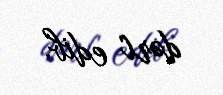
dərc edib.